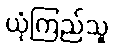
ယုံကြည်သူ